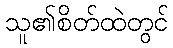
သူ၏စိတ်ထဲတွင်